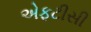
એફટીસી